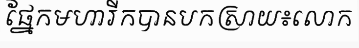
ផ្នែកមហារីកបានបកស្រាយ៖លោក